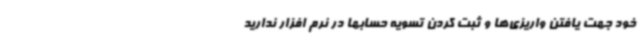
خود جهت یافتن واریزی‌ها و ثبت کردن تسویه حسابها در نرم افزار ندارید